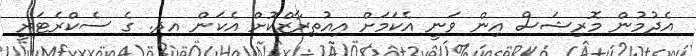
އެދުމުން މޮރިޝަސް އިން ވަނީ އެކަމަށް އިއުތިރާޒްކޮށް އެކަން އދ. ގެ ސެކްރެޓަރީ